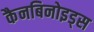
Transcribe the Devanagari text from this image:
कैनबिनोइड्स